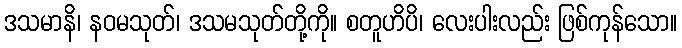
ဒသမာနိ၊ နဝမသုတ်၊ ဒသမသုတ်တို့ကို။ စတူဟိပိ၊ လေးပါးလည်း ဖြစ်ကုန်သော။